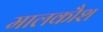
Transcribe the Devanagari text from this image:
मालकौश